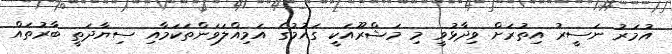
އުމަރު ނަސީރު އިތުރަށް ވިދާޅުވީ މި މަޝްރޫއަކީ ގައުމުގެ އަމިއްލަވަންތަކަމާއި ސިޔާދަތީ ބާރުތައް